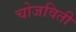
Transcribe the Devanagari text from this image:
चोजविती